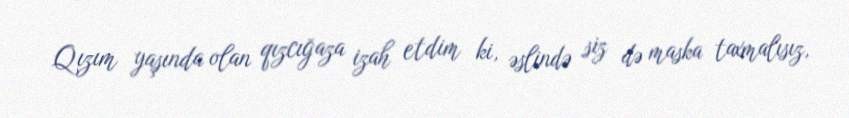
Qızım yaşında olan qızcığaza izah etdim ki, əslində siz də maska taxmalısız,